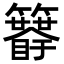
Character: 𥷯